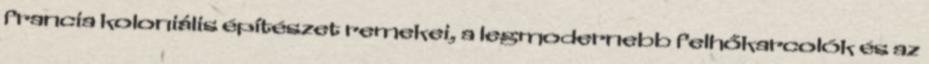
francia koloniális építészet remekei, a legmodernebb felhőkarcolók és az